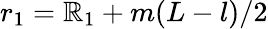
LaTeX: r_{1}=\mathbb{R}_{1}+m(L-l)/2